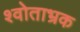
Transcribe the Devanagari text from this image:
श्वोताभ्रक